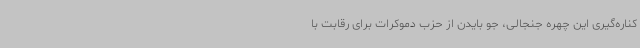
کناره‌گیری این چهره جنجالی، جو بایدن از حزب دموکرات برای رقابت با